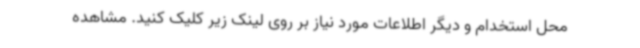
محل استخدام و دیگر اطلاعات مورد نیاز بر روی لینک زیر کلیک کنید. مشاهده